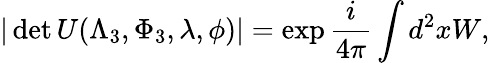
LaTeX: |\operatorname*{det}U(\Lambda_{3},\Phi_{3},\lambda,\phi)|=\exp\frac{i}{4\pi}\int d^{2}xW,